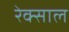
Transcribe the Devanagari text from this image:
रेक्साल